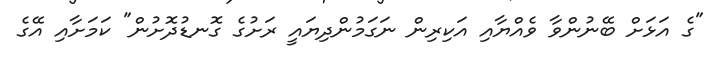
"ގެ އަޅަށް ބޭނުންވާ ވެއްޔާއި އަކިރިން ނަގަމުންދިޔައީ ރަށުގެ ގޮނޑުދޮށުން" ކަމަށާއި އޭގެ